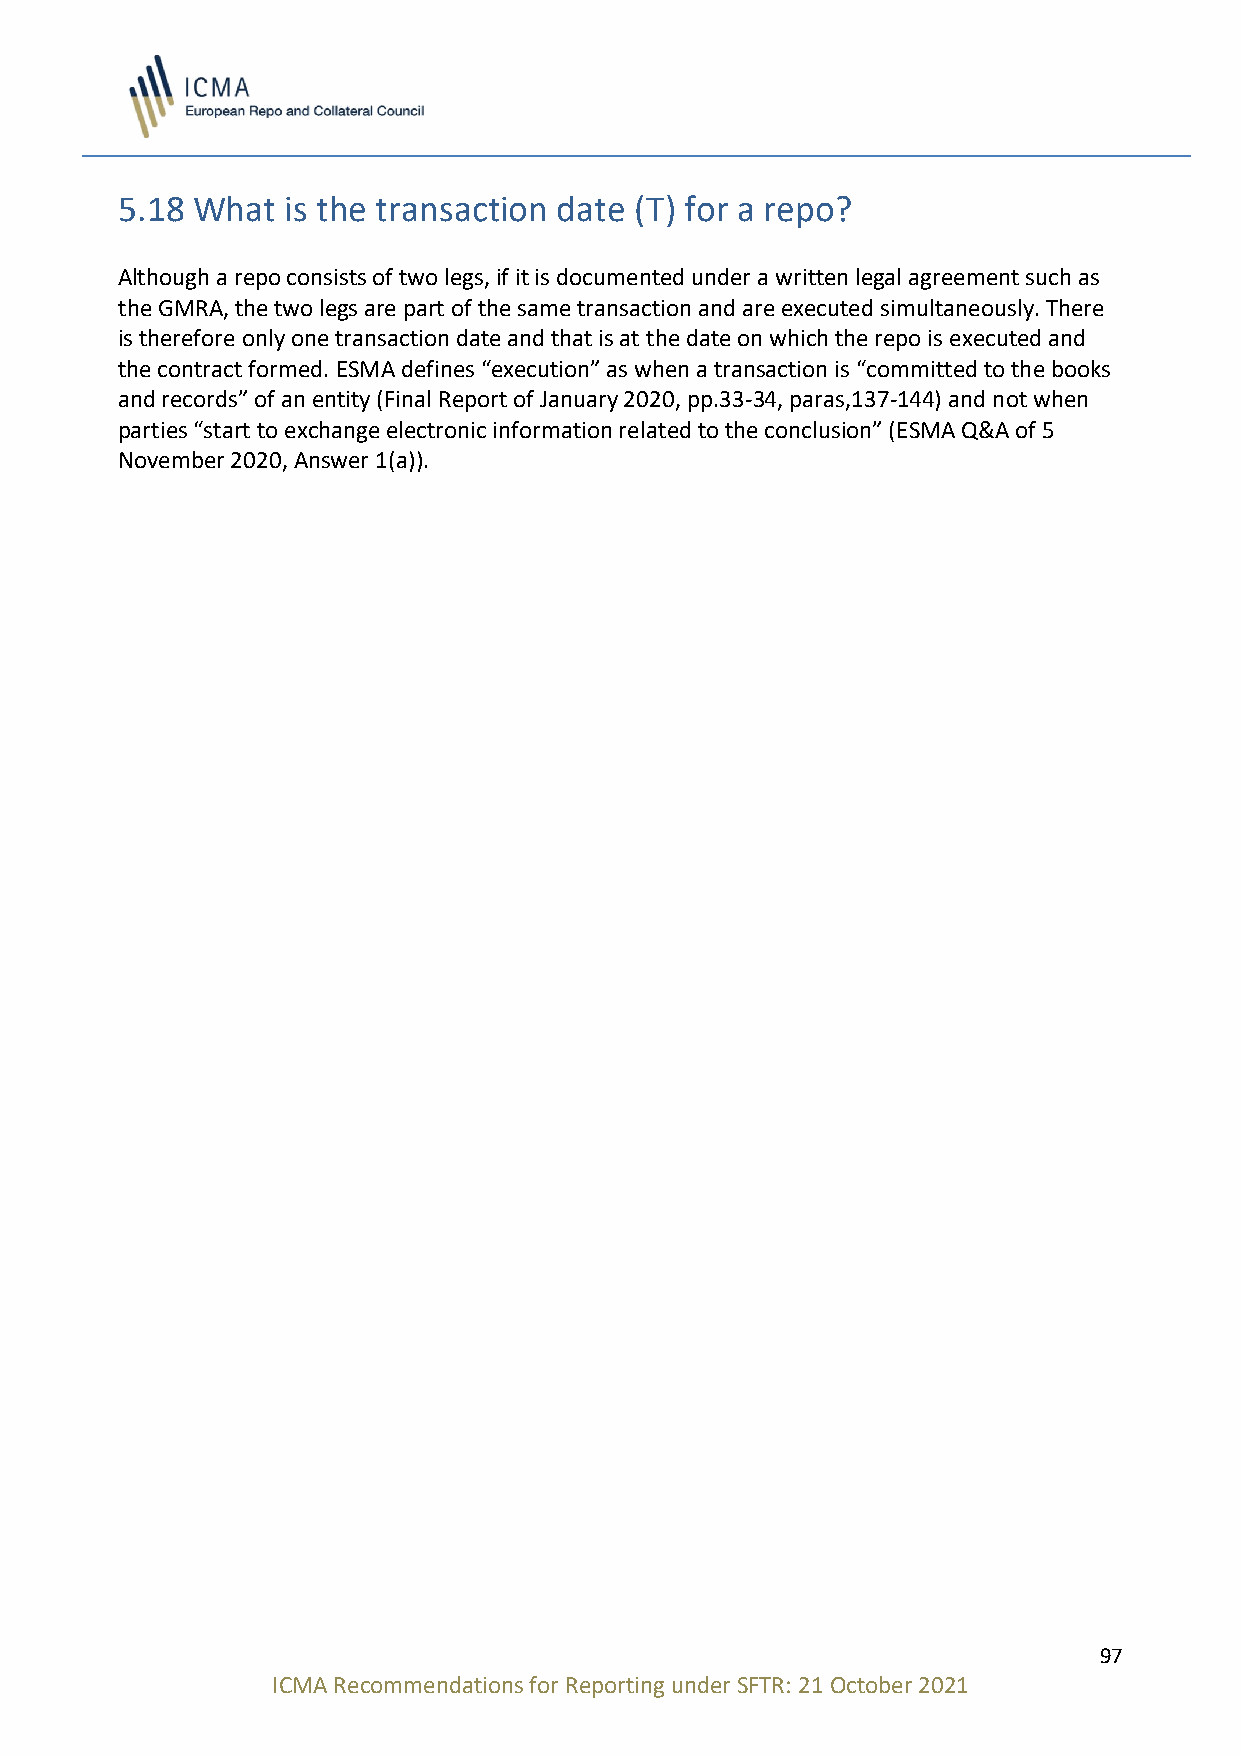
5.18 What  is the transaction date (T) for a repo?
 Although a repo consists of two legs, if it is documented under a written legal agreement such as
 the GMRA, the two legs are part of the same transaction and are executed simultaneously. There
 is therefore only one transaction date and that is at the date on which the repo is executed and
 the contract formed. ESMA defines “execution” as when a transaction is “committed to the books
 and records” of an entity (Final Report of January 2020, pp.33-34, paras,137-144) and not when
 parties “start to exchange electronic information related to the conclusion” (ESMA Q&A of 5
 November 2020, Answer 1(a)).
 97
 ICMA Recommendations for Reporting under SFTR: 21 October 2021